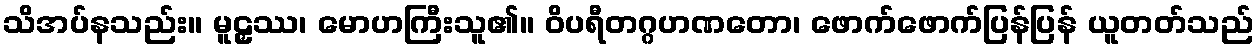
သိအပ်နသည်း။ မူဠှဿ၊ မောဟကြီးသူ၏။ ဝိပရီတဂ္ဂဟဏတော၊ ဖောက်ဖောက်ပြန်ပြန် ယူတတ်သည်